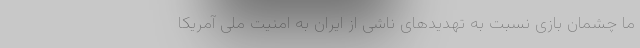
ما چشمان بازی نسبت به تهدیدهای ناشی از ایران به امنیت ملی آمریکا